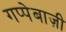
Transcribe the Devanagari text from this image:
गप्पेबाज़ी